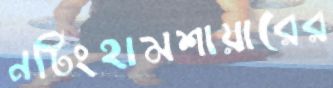
নটিংহামশায়ারের